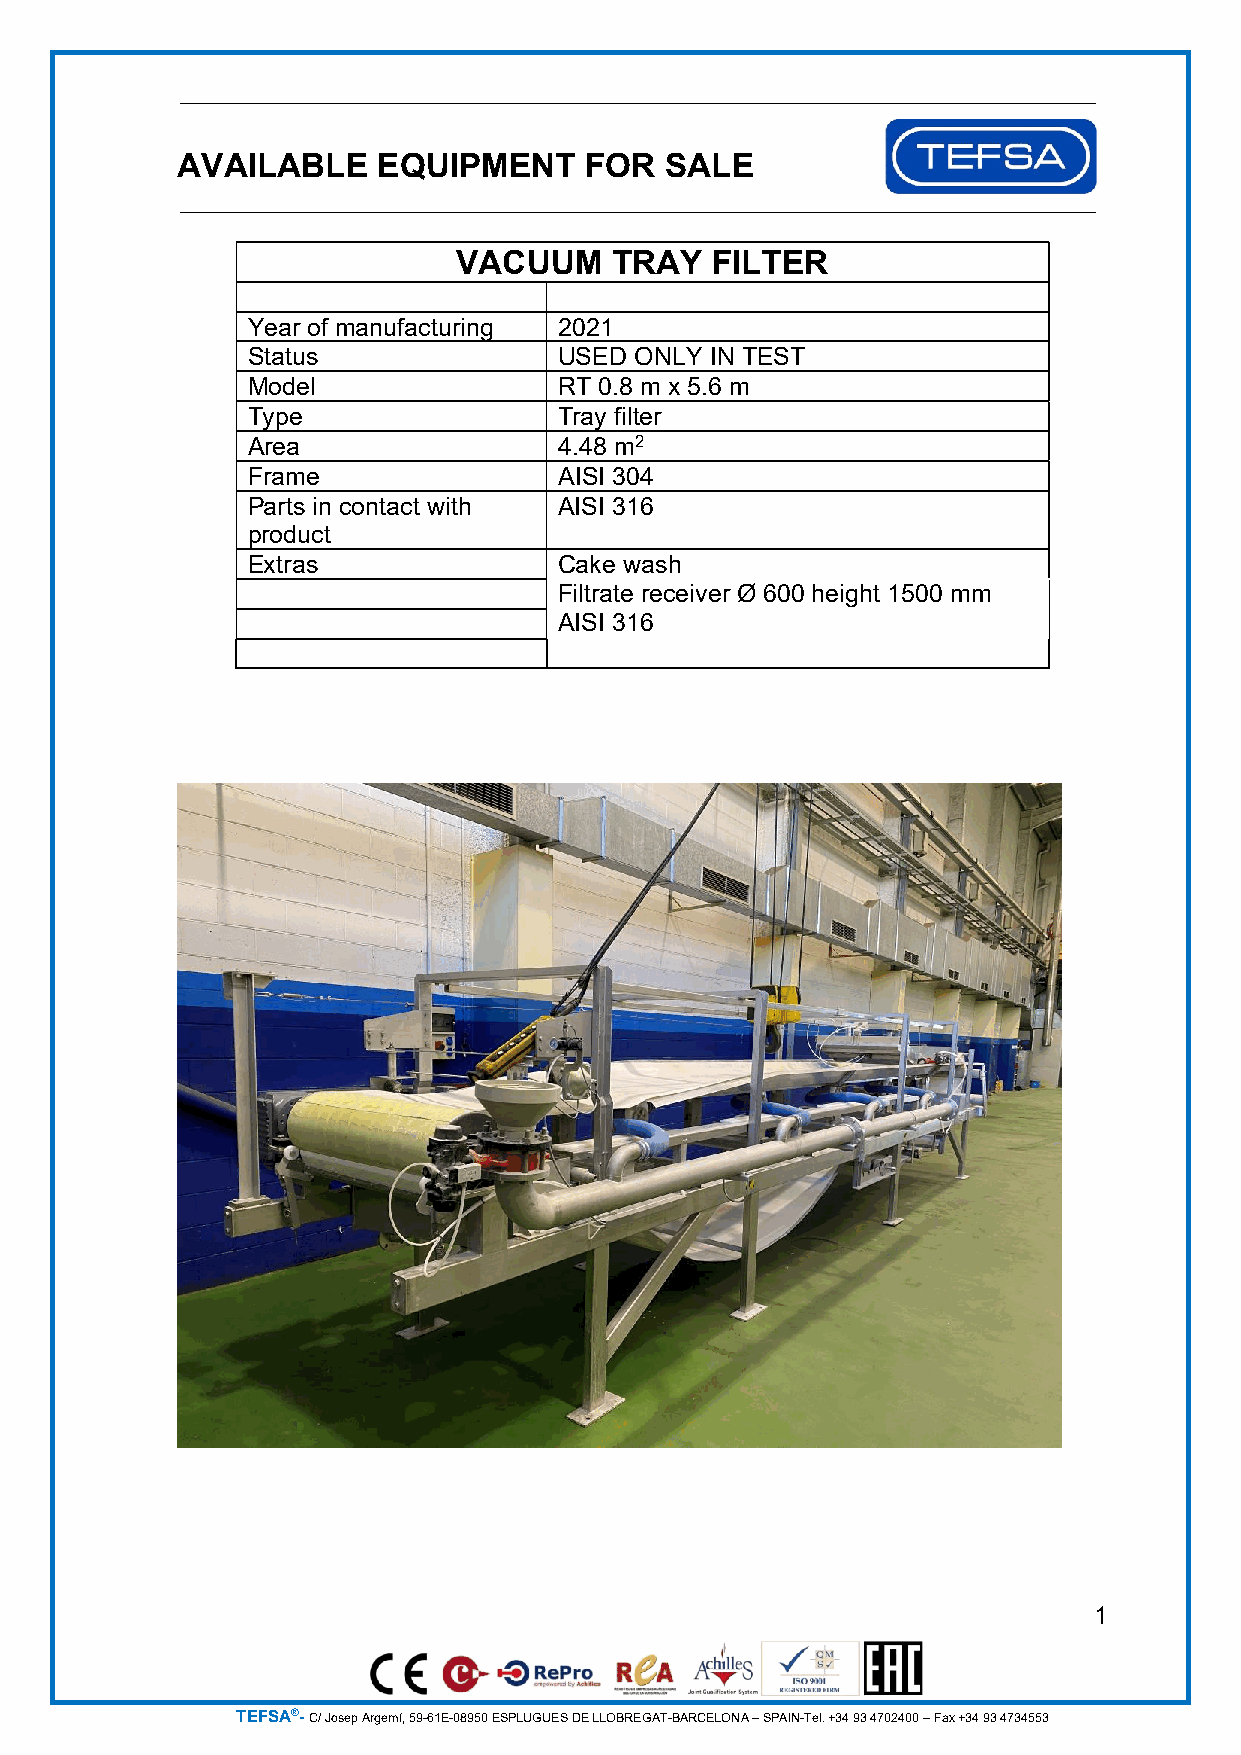
AVAILABLE    EQUIPMENT     FOR  SALE
 VACUUM    TRAY   FILTER
 Year of manufacturing 2021
 Status               USED ONLY IN TEST
 Model                RT 0.8 m x 5.6 m
 Type                 Tray filter
 Area                 4.48 m2
 Frame                AISI 304
 Parts in contact with AISI 316
 product
 Extras               Cake wash
 Filtrate receiver Ø 600 height 1500 mm
 AISI 316
 1
 TEFSA®- C/ Josep Argemí, 59-61E-08950 ESPLUGUES DE LLOBREGAT-BARCELONA – SPAIN-Tel. +34 93 4702400 – Fax +34 93 4734553